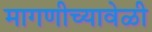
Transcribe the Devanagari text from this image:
मागणीच्यावेळी